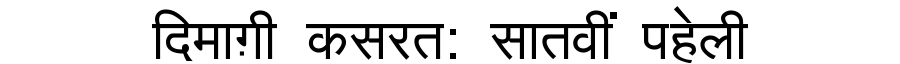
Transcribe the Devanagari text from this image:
दिमाग़ी कसरत: सातवीं पहेली